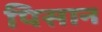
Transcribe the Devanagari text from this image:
पिसान